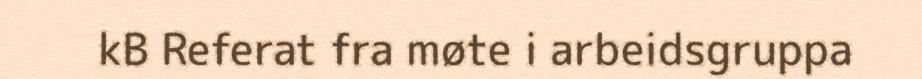
kB Referat fra møte i arbeidsgruppa